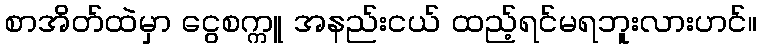
စာအိတ်ထဲမှာ ငွေစက္ကူ အနည်းငယ် ထည့်ရင်မရဘူးလားဟင်။